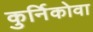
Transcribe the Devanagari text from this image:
कुर्निकोवा